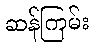
ဆန်ကြမ်း